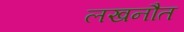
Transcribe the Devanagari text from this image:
लखनौत